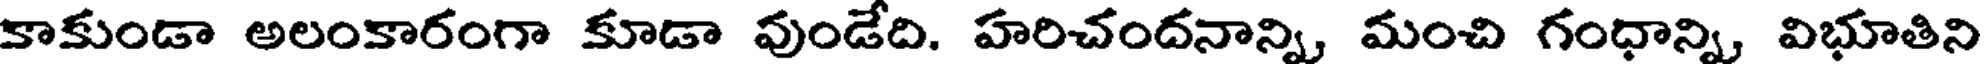
కాకుండా అలంకారంగా కూడా వుండేది. హరిచందనాన్ని, మంచి గంధాన్ని, విభూతిని